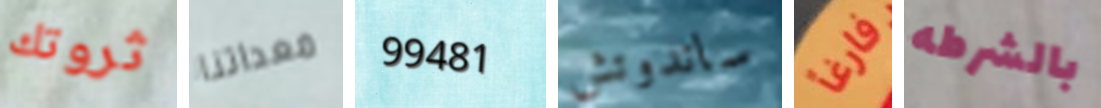
ثروتك معداتنا 99481 ساندوتش فارغاً بالشرطه